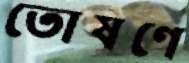
তোষণে